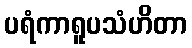
ပရံကာရူပသံဟိတာ